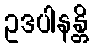
ဥဒပါနန္တိ